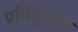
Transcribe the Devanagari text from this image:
प्रतिवूफल